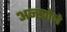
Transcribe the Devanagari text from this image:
अन्खोने